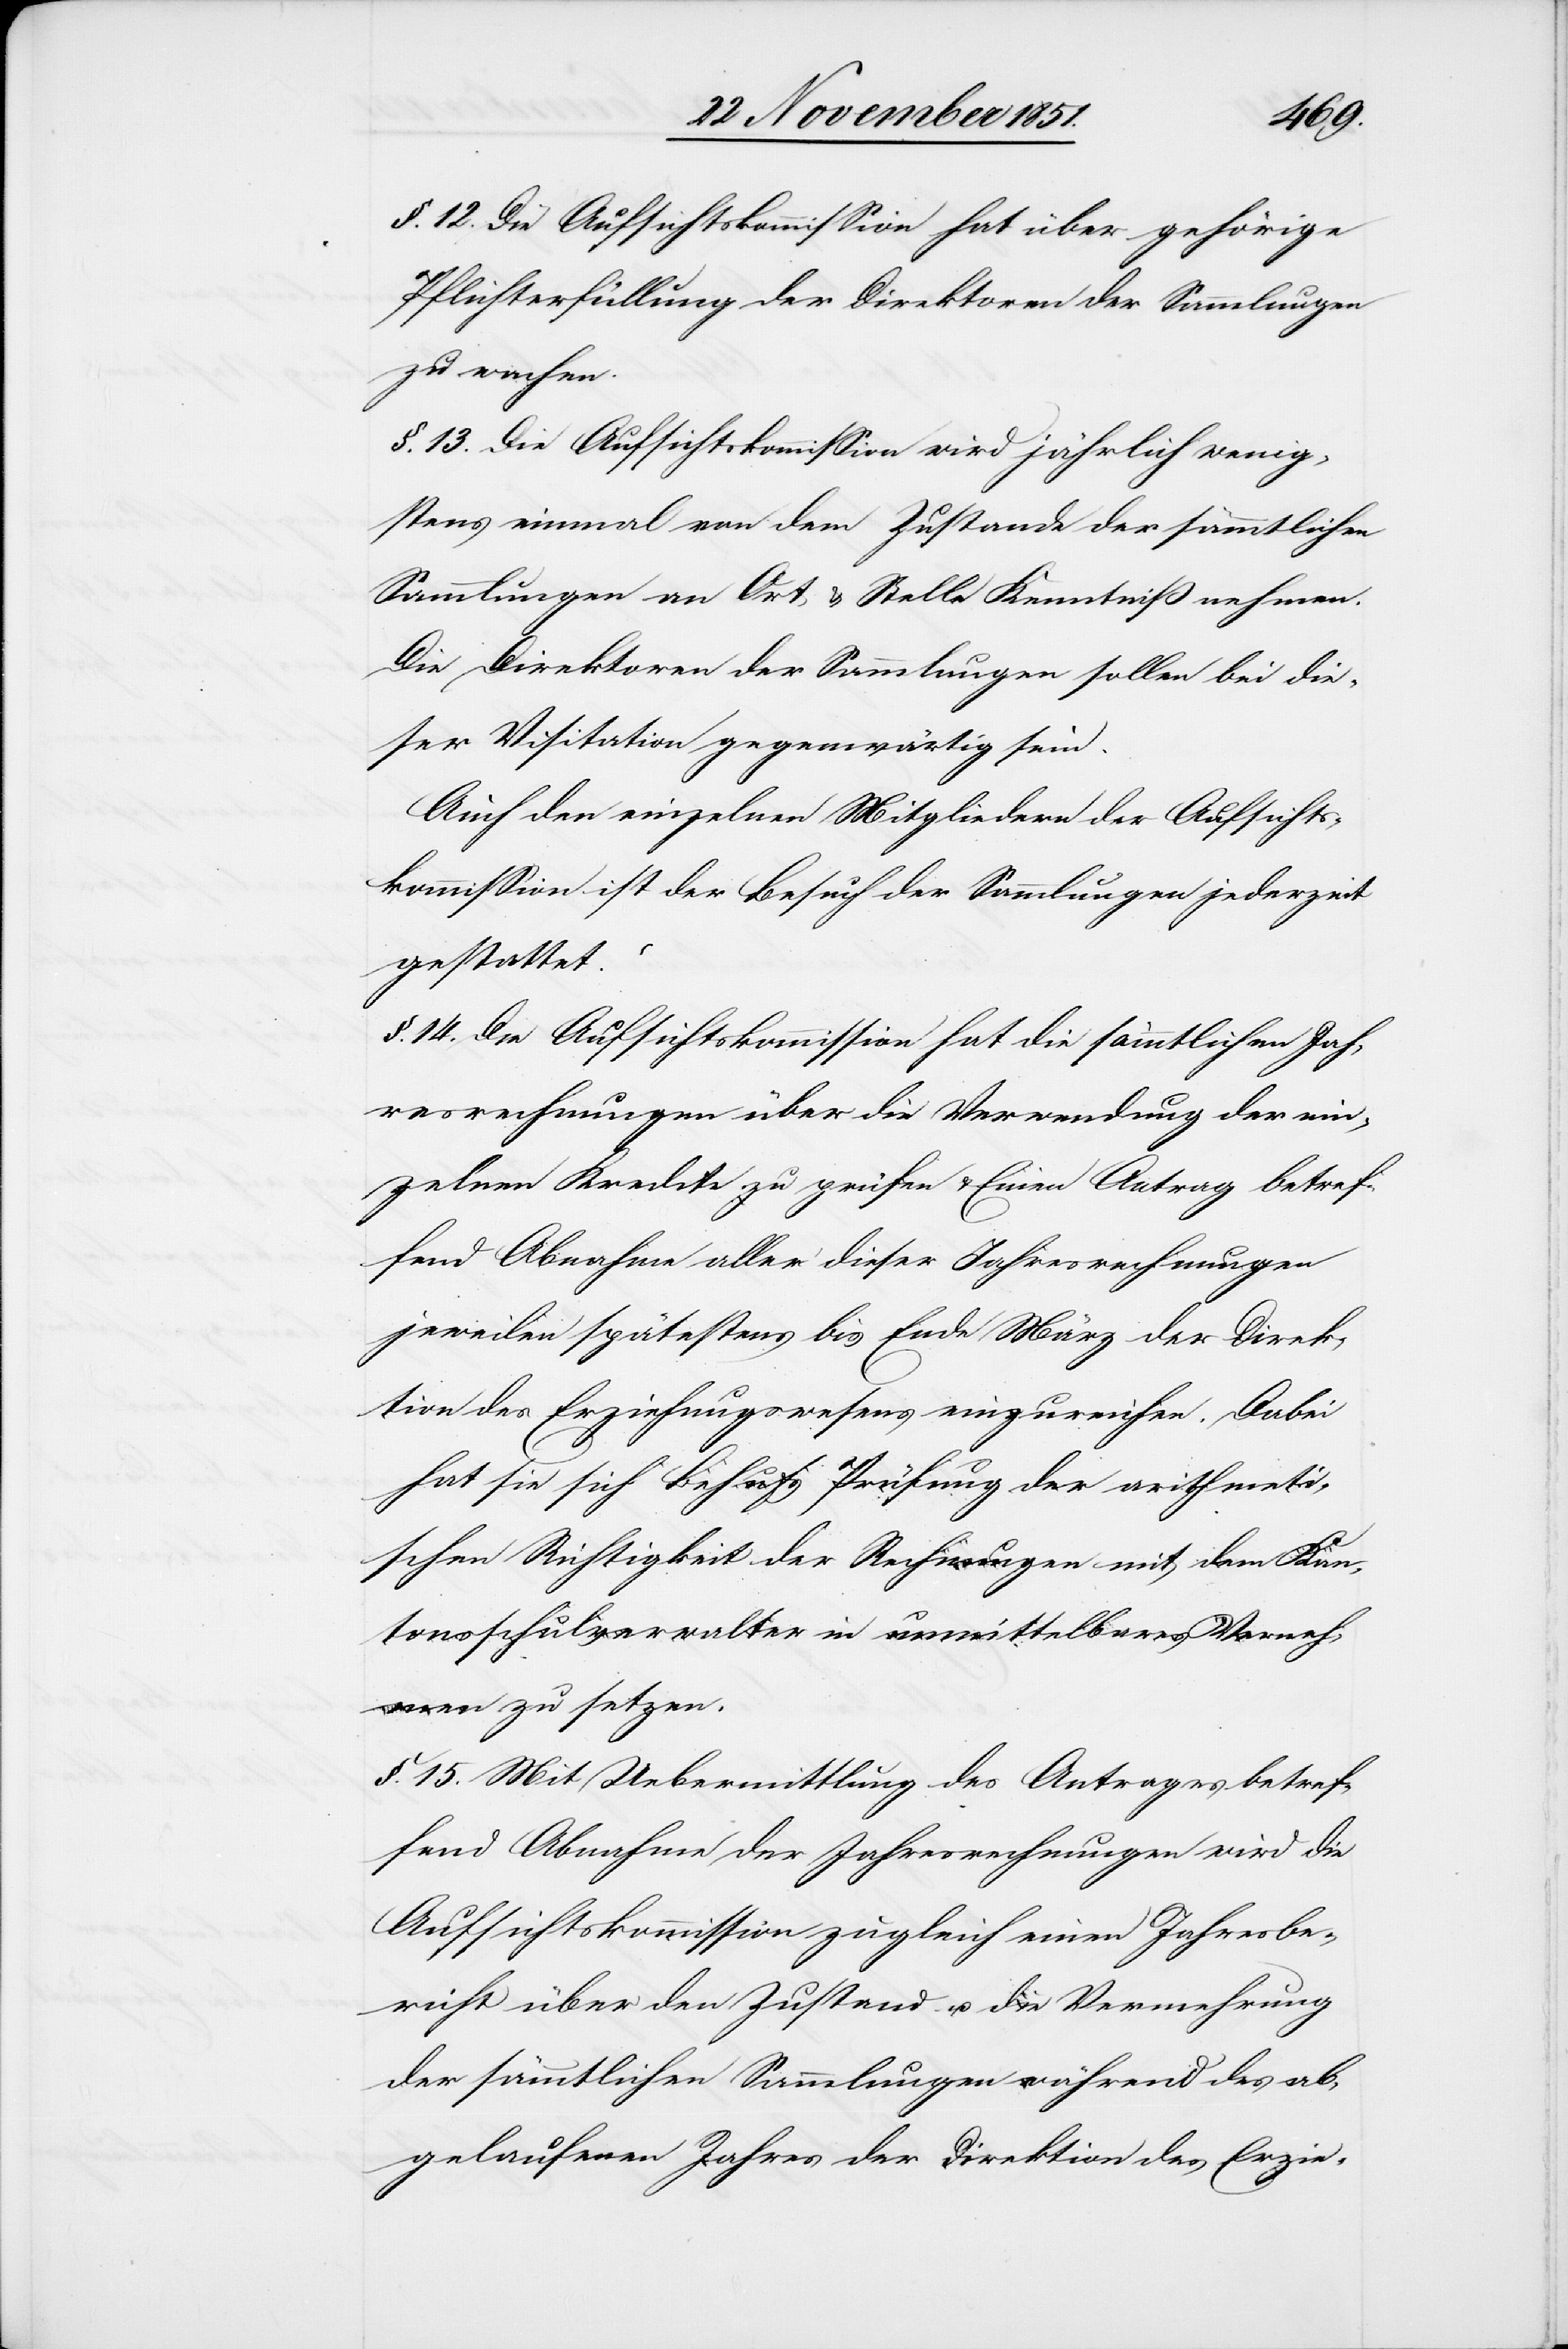
§. 12. Die Aufsichtskommission hat über gehörige
Pflichterfüllung der Direktoren der Sammlungen
zu wachen.
§. 13. Die Aufsichtskommission wird jährlich wenig¬
stens einmal von dem Zustande der sämmtlichen
Sammlungen an Ort & Stelle Kenntniß nehmen.
Die Direktoren der Sammlungen sollen bei die¬
ser Visitation gegenwärtig sein.
Auch den einzelnen Mitgliedern der Aufsichts¬
kommission ist der Besuch der Sammlungen jederzeit
gestattet.
§. 14. Die Aufsichtskommission hat die sämmtlichen Jah¬
resrechnungen über die Verwendung der ein¬
zelnen Kredite zu prüfen & Einen Antrag betref¬
fend Abnahme aller dieser Jahresrechnungen
jeweilen spätestens bis Ende März der Direk¬
tion des Erziehungswesens einzureichen. Dabei
hat sie sich Behufs Prüfung der arithmeti¬
schen Richtigkeit der Rechnungen mit dem Kan¬
tonsschulverwalter in unmittelbares Verneh¬
men zu setzen.
§. 15. Mit Uebermittlung des Antrages betref¬
fend Abnahme der Jahresrechnungen wird die
Aufsichtskommission zugleich einen Jahresbe¬
richt über den Zustand u. die Vermehrung
der sämmtlichen Sammlungen während des ab¬
gelaufenen Jahres der Direktion des Erzie-